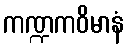
ကဏ္ဍကဝိမာနံ